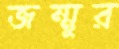
জম্মুর